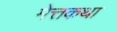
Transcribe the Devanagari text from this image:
मेत्तकथा